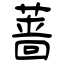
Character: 蔷